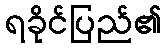
ရခိုင်ပြည်၏